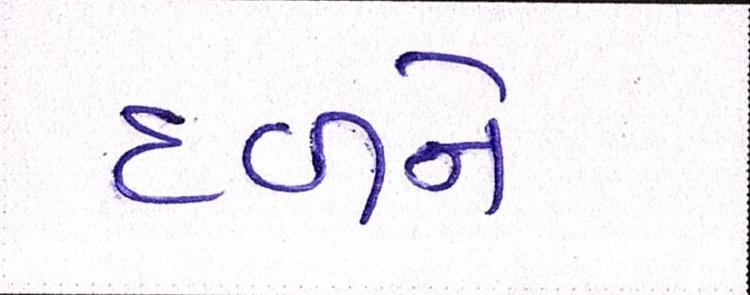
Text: દળને